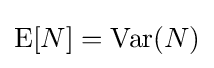
\operatorname {E} [N]=\operatorname {Var} (N)